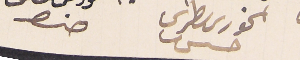
الخورى ىطرس حىىش              حنا